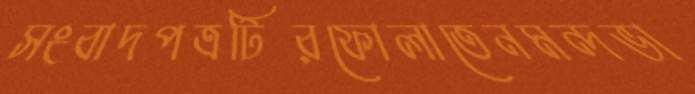
সংবাদপত্রটিরফোলাতেনমন্দভা